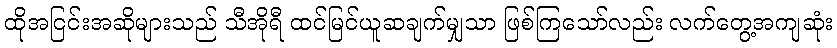
ထိုအငြင်းအဆိုများသည် သီအိုရီ ထင်မြင်ယူဆချက်မျှသာ ဖြစ်ကြသော်လည်း လက်တွေ့အကျဆုံး